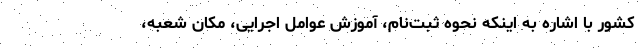
کشور با اشاره به اینکه نحوه ثبت‌نام، آموزش عوامل اجرایی، مکان شعبه،